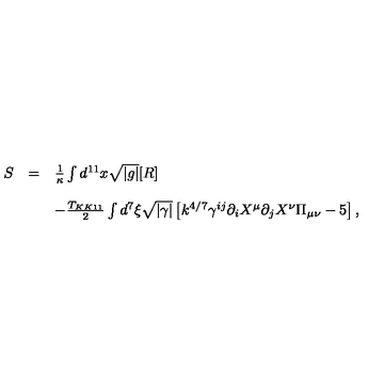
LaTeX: \begin{array} { r c l } { S } & { = } & { { \frac { 1 } { \kappa } } \int d ^ { 1 1 } x \sqrt { | g | } [ R ] } \\ { } & { } & { } \\ { } & { } & { - { \frac { T _ { K K 1 1 } } { 2 } } \int d ^ { 7 } \xi \sqrt { | \gamma | } \left[ k ^ { 4 / 7 } \gamma ^ { i j } \partial _ { i } X ^ { \mu } \partial _ { j } X ^ { \nu } \Pi _ { \mu \nu } - 5 \right] , } \\ \end{array}